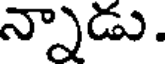
న్నాడు.